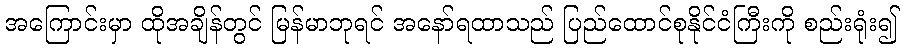
အကြောင်းမှာ ထိုအချိန်တွင် မြန်မာဘုရင် အနော်ရထာသည် ပြည်ထောင်စုနိုင်ငံကြီးကို စည်းရုံး၍